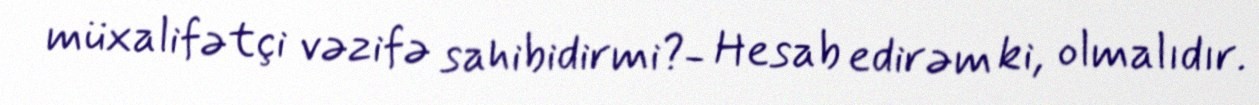
müxalifətçi vəzifə sahibidirmi?- Hesab edirəm ki, olmalıdır.